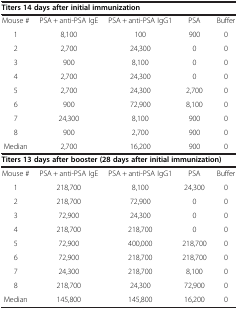
| <COLSPAN=5> Titers 14 days after initial immunization |
 | --- | --- | --- | --- | --- |
 | Mouse # | PSA + anti-PSA IgE | PSA + anti-PSA IgG1 | PSA | Buffer |
 | 1 | 8,100 | 100 | 900 | 0 |
 | 2 | 2,700 | 24,300 | 0 | 0 |
 | 3 | 900 | 8,100 | 0 | 0 |
 | 4 | 2,700 | 24,300 | 0 | 0 |
 | 5 | 2,700 | 24,300 | 2,700 | 0 |
 | 6 | 900 | 72,900 | 8,100 | 0 |
 | 7 | 24,300 | 8,100 | 900 | 0 |
 | 8 | 900 | 2,700 | 900 | 0 |
 | Median | 2,700 | 16,200 | 900 | 0 |
 | <COLSPAN=5> Titers 13 days after booster (28 days after initial immunization) |
 | Mouse # | PSA + anti-PSA IgE | PSA + anti-PSA IgG1 | PSA | Buffer |
 | 1 | 218,700 | 8,100 | 24,300 | 0 |
 | 2 | 218,700 | 72,900 | 0 | 0 |
 | 3 | 72,900 | 24,300 | 0 | 0 |
 | 4 | 218,700 | 218,700 | 0 | 0 |
 | 5 | 72,900 | 400,000 | 218,700 | 0 |
 | 6 | 72,900 | 218,700 | 218,700 | 0 |
 | 7 | 24,300 | 218,700 | 8,100 | 0 |
 | 8 | 218,700 | 24,300 | 72,900 | 0 |
 | Median | 145,800 | 145,800 | 16,200 | 0 |